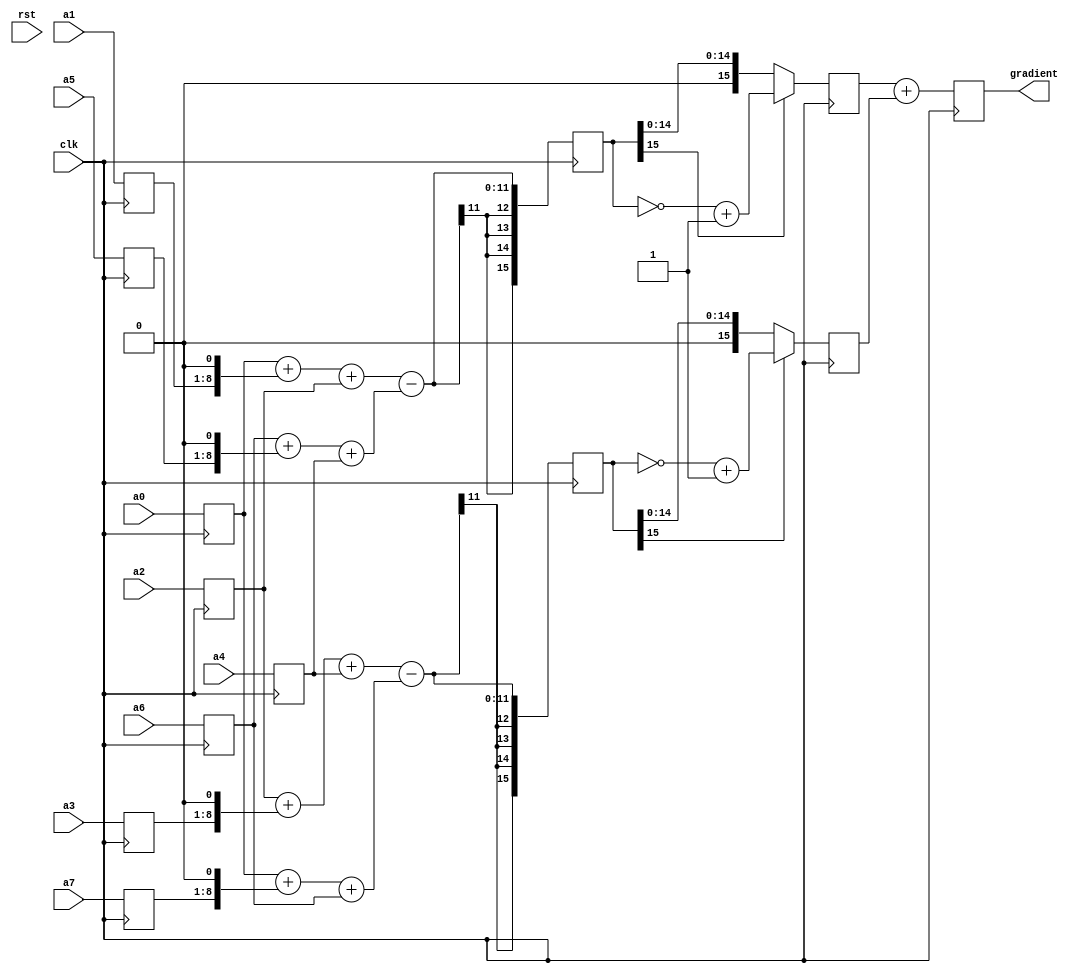
`timescale 1ns / 1ps
//////////////////////////////////////////////////////////////////////////////////
// Company: 
// 
// Design Name: 
// Module Name:    sobel_op 
// Project Name: 
// Target Devices: 
// Tool versions: 
// Description: Implements and applies a 3x3 Sobel operator to an input matrix of
//              values. Outputs a gradient value. Pipelined with 4 stages.
//
// Dependencies: 
//
// Revision: 
// Revision 0.01 - File Created
// Additional Comments: 
//
//////////////////////////////////////////////////////////////////////////////////
module sobel_op(
    input clk, rst,
    input [7:0] a0, a1, a2,
    input [7:0] a7, a3,
    input [7:0] a6, a5, a4,
    output [15:0] gradient
  );
  
  // Sobel 3x3 operator
  
  // convolutional masks for Sobel operator
  //   Gx = ( -1 0 1 )   Gy = (  1  2  1 )
  //        ( -2 0 2 )        (  0  0  0 )
  //        ( -1 0 1 )        ( -1 -2 -1 )
  
  //  labeling of pixels
  //    a0    a1    a2
  //    a7   pix    a3
  //    a6    a5    a4  
  
  // partial derivatives
  // gx = (a0+2a1+a2)-(a6+2a5+a4)
  // gy = (a2+2a3+a4)-(a0+2a7+a6)
  
  // gradient computation: G = sqrt(gx^2 + gy^2)
  // approximation: G = abs(gx) + abs(gy)
  
  reg [7:0] a0_q, a1_q, a2_q, a7_q, a3_q, a6_q, a5_q, a4_q;  // to latch inputs
  
  reg signed [15:0] gx_q, gy_q;   // partial derivatives
  reg [15:0] abs_gx_q, abs_gy_q;  // absolute values
  reg [15:0] gradient_q;
  
  assign gradient = gradient_q;
  
  always @(posedge clk) begin  
    // clock 1: latch inputs
    {a0_q, a1_q, a2_q} <= {a0, a1, a2};
    {a7_q, a3_q} <= {a7, a3};
    {a6_q, a5_q, a4_q} <= {a6, a5, a4};
    
    // clock 2: compute partial derivatives
    gx_q <= (a0_q+(a1_q<<1)+a2_q)-(a6_q+(a5_q<<1)+a4_q);
    gy_q <= (a2_q+(a3_q<<1)+a4_q)-(a0_q+(a7_q<<1)+a6_q);
    
    // clock 3: compute absolute values
    abs_gx_q <= gx_q[15] ? (~gx_q)+1'b1 : gx_q;
    abs_gy_q <= gy_q[15] ? (~gy_q)+1'b1 : gy_q;
    
    // clock 4: compute gradient
    gradient_q <= abs_gx_q + abs_gy_q;
  end

endmodule